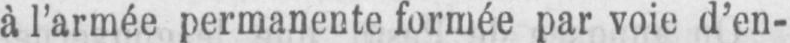
à l’armée permanente formée par voie d’en-